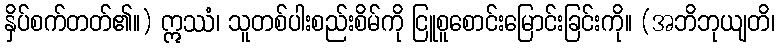
နှိပ်စက်တတ်၏။) ဣဿံ၊ သူတစ်ပါးစည်းစိမ်ကို ငြူစူစောင်းမြောင်းခြင်းကို။ (အဘိဘုယျတိ၊